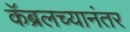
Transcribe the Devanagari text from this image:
कॅब्रलच्यानंतर